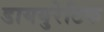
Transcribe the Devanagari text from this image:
डाययुरेटिक